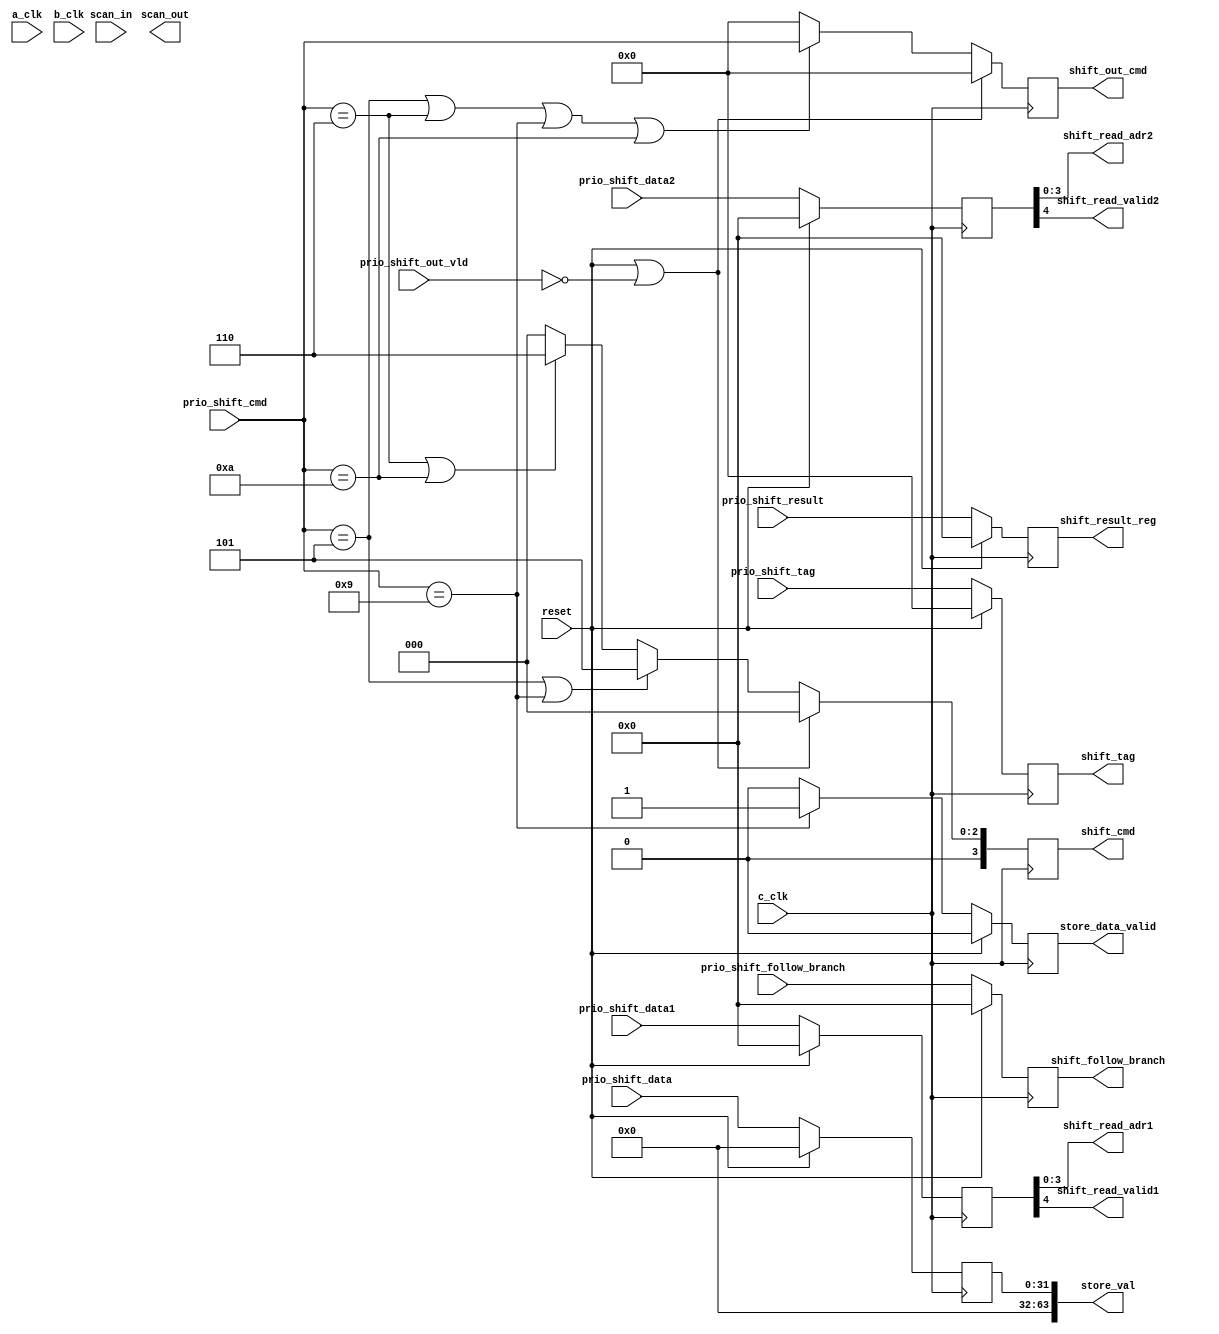
// Library:  calc3
// Module:  Shifter Input Stage

module shift_input_stage( scan_out, shift_cmd, shift_follow_branch, shift_out_cmd, shift_read_adr1, shift_read_adr2, shift_read_valid1, shift_read_valid2, shift_result_reg, shift_tag, store_data_valid, store_val, a_clk, b_clk, c_clk, prio_shift_cmd, prio_shift_data1, prio_shift_data2, prio_shift_data, prio_shift_follow_branch, prio_shift_out_vld, prio_shift_result, prio_shift_tag, reset, scan_in);

   output [0:3] shift_cmd, shift_out_cmd, shift_read_adr1, shift_read_adr2, shift_tag;

   input [0:3] prio_shift_cmd, prio_shift_tag;

   input [0:31] prio_shift_data;

   output [0:4] shift_follow_branch, shift_result_reg;

   input [0:4] 	prio_shift_data1, prio_shift_data2, prio_shift_follow_branch, prio_shift_result;

   output 	shift_read_valid1, shift_read_valid2, scan_out, store_data_valid;

   output [0:63] store_val;
      
   input 	a_clk, b_clk, c_clk, prio_shift_out_vld, reset, scan_in;

   reg 		valid, data_valid;
   reg [0:3] 	cmd, out_cmd, tag;
   reg [0:4] 	d1, d2, follow_branch, result;
   reg [0:31] 	data;
   
   always
     @ (negedge c_clk) begin
	cmd <= (reset || ~prio_shift_out_vld) ? 4'b0 :
	       ((prio_shift_cmd[0:3] == 4'b0101) || (prio_shift_cmd[0:3] == 4'b1001)) ? 4'b0101 :
	       ((prio_shift_cmd[0:3] == 4'b0110)  || (prio_shift_cmd[0:3] == 4'b1010)) ? 4'b0110 :
	       4'b0;

	out_cmd <= (reset || ~prio_shift_out_vld) ? 4'b0 :
		   ((prio_shift_cmd[0:3] == 4'b0101) || (prio_shift_cmd == 4'b0110) || (prio_shift_cmd[0:3] == 4'b1001) || (prio_shift_cmd[0:3] == 4'b1010)) ? prio_shift_cmd[0:3] :
		   4'b0;
	

	d1 <= (reset) ? 5'b0 : prio_shift_data1;
	d2 <= (reset) ? 5'b0 : prio_shift_data2;
	follow_branch <= (reset) ? 5'b0 : prio_shift_follow_branch;
	valid <= (reset) ? 1'b0 : prio_shift_out_vld;
	result <= (reset) ? 5'b0 : prio_shift_result;
	tag <= (reset) ? 4'b0 : prio_shift_tag;
	data <= (reset) ? 32'b0 : prio_shift_data;
	data_valid <= (reset) ? 1'b0 : (prio_shift_cmd[0:3] == 4'b1001) ? 1'b1 : 1'b0;
		
     end // always @ (negedge c_clk)

   assign shift_follow_branch = follow_branch[0:4];
   assign shift_read_adr1 = d1[1:4];
   assign shift_read_adr2 = d2[1:4];
   assign shift_read_valid1 = d1[0];
   assign shift_read_valid2 = d2[0];
   assign shift_result_reg = result[0:4];
   assign shift_tag = tag[0:3];
   assign shift_cmd = cmd[0:3];
   assign shift_out_cmd = out_cmd[0:3];
   assign store_val = { 32'b0, data[0:31] };
   assign store_data_valid = data_valid;
   
   

endmodule // shift_input_stage